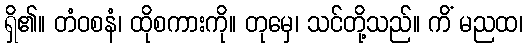
ရှိ၏။ တံဝစနံ၊ ထိုစကားကို။ တုမှေ၊ သင်တို့သည်။ ကိံ မညထ၊